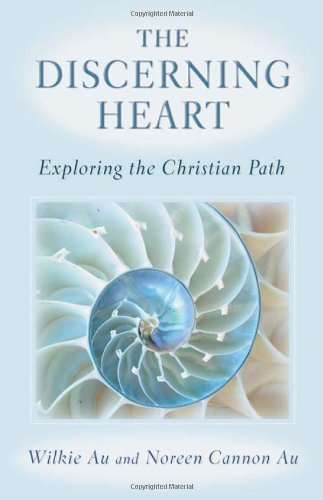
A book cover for The Discerning Heart: Exploring the Christian Path; Wilkie Au; Christian Books & Bibles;